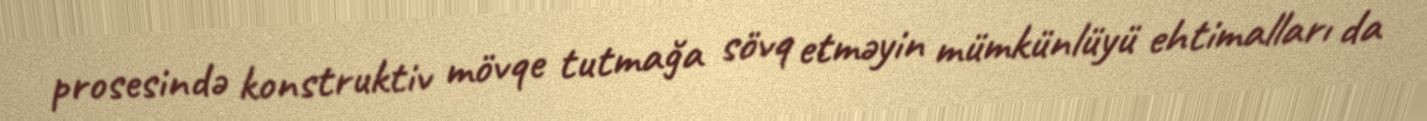
prosesində konstruktiv mövqe tutmağa sövq etməyin mümkünlüyü ehtimalları da